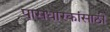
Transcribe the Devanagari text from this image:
पासधारकांसाठी